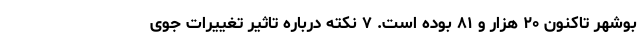
بوشهر تاکنون ۲۰ هزار و ۸۱ بوده است. ۷ نکته درباره تاثیر تغییرات جوی